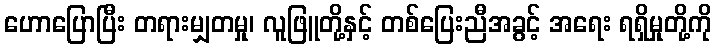
ဟောပြောပြီး တရားမျှတမှု၊ လူဖြူတို့နှင့် တစ်ပြေးညီအခွင့် အရေး ရရှိမှုတို့ကို